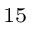
^ { 1 5 }